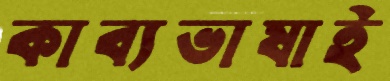
কাব্যভাষাই